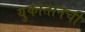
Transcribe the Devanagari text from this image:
युकातानची